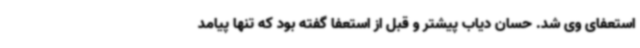
استعفای وی شد. حسان دیاب پیشتر و قبل از استعفا گفته بود که تنها پیامد